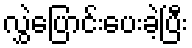
လွှဲပြောင်းပေးခဲ့ပြီး